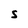
Character: S